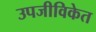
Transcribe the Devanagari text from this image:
उपजीविकेत